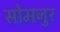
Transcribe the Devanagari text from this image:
सोमनुर